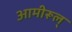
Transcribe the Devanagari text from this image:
आमीरूल्